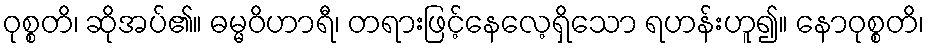
ဝုစ္စတိ၊ ဆိုအပ်၏။ ဓမ္မဝိဟာရီ၊ တရားဖြင့်နေလေ့ရှိသော ရဟန်းဟူ၍။ နောဝုစ္စတိ၊